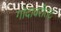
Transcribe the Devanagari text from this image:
गोदावरीतट